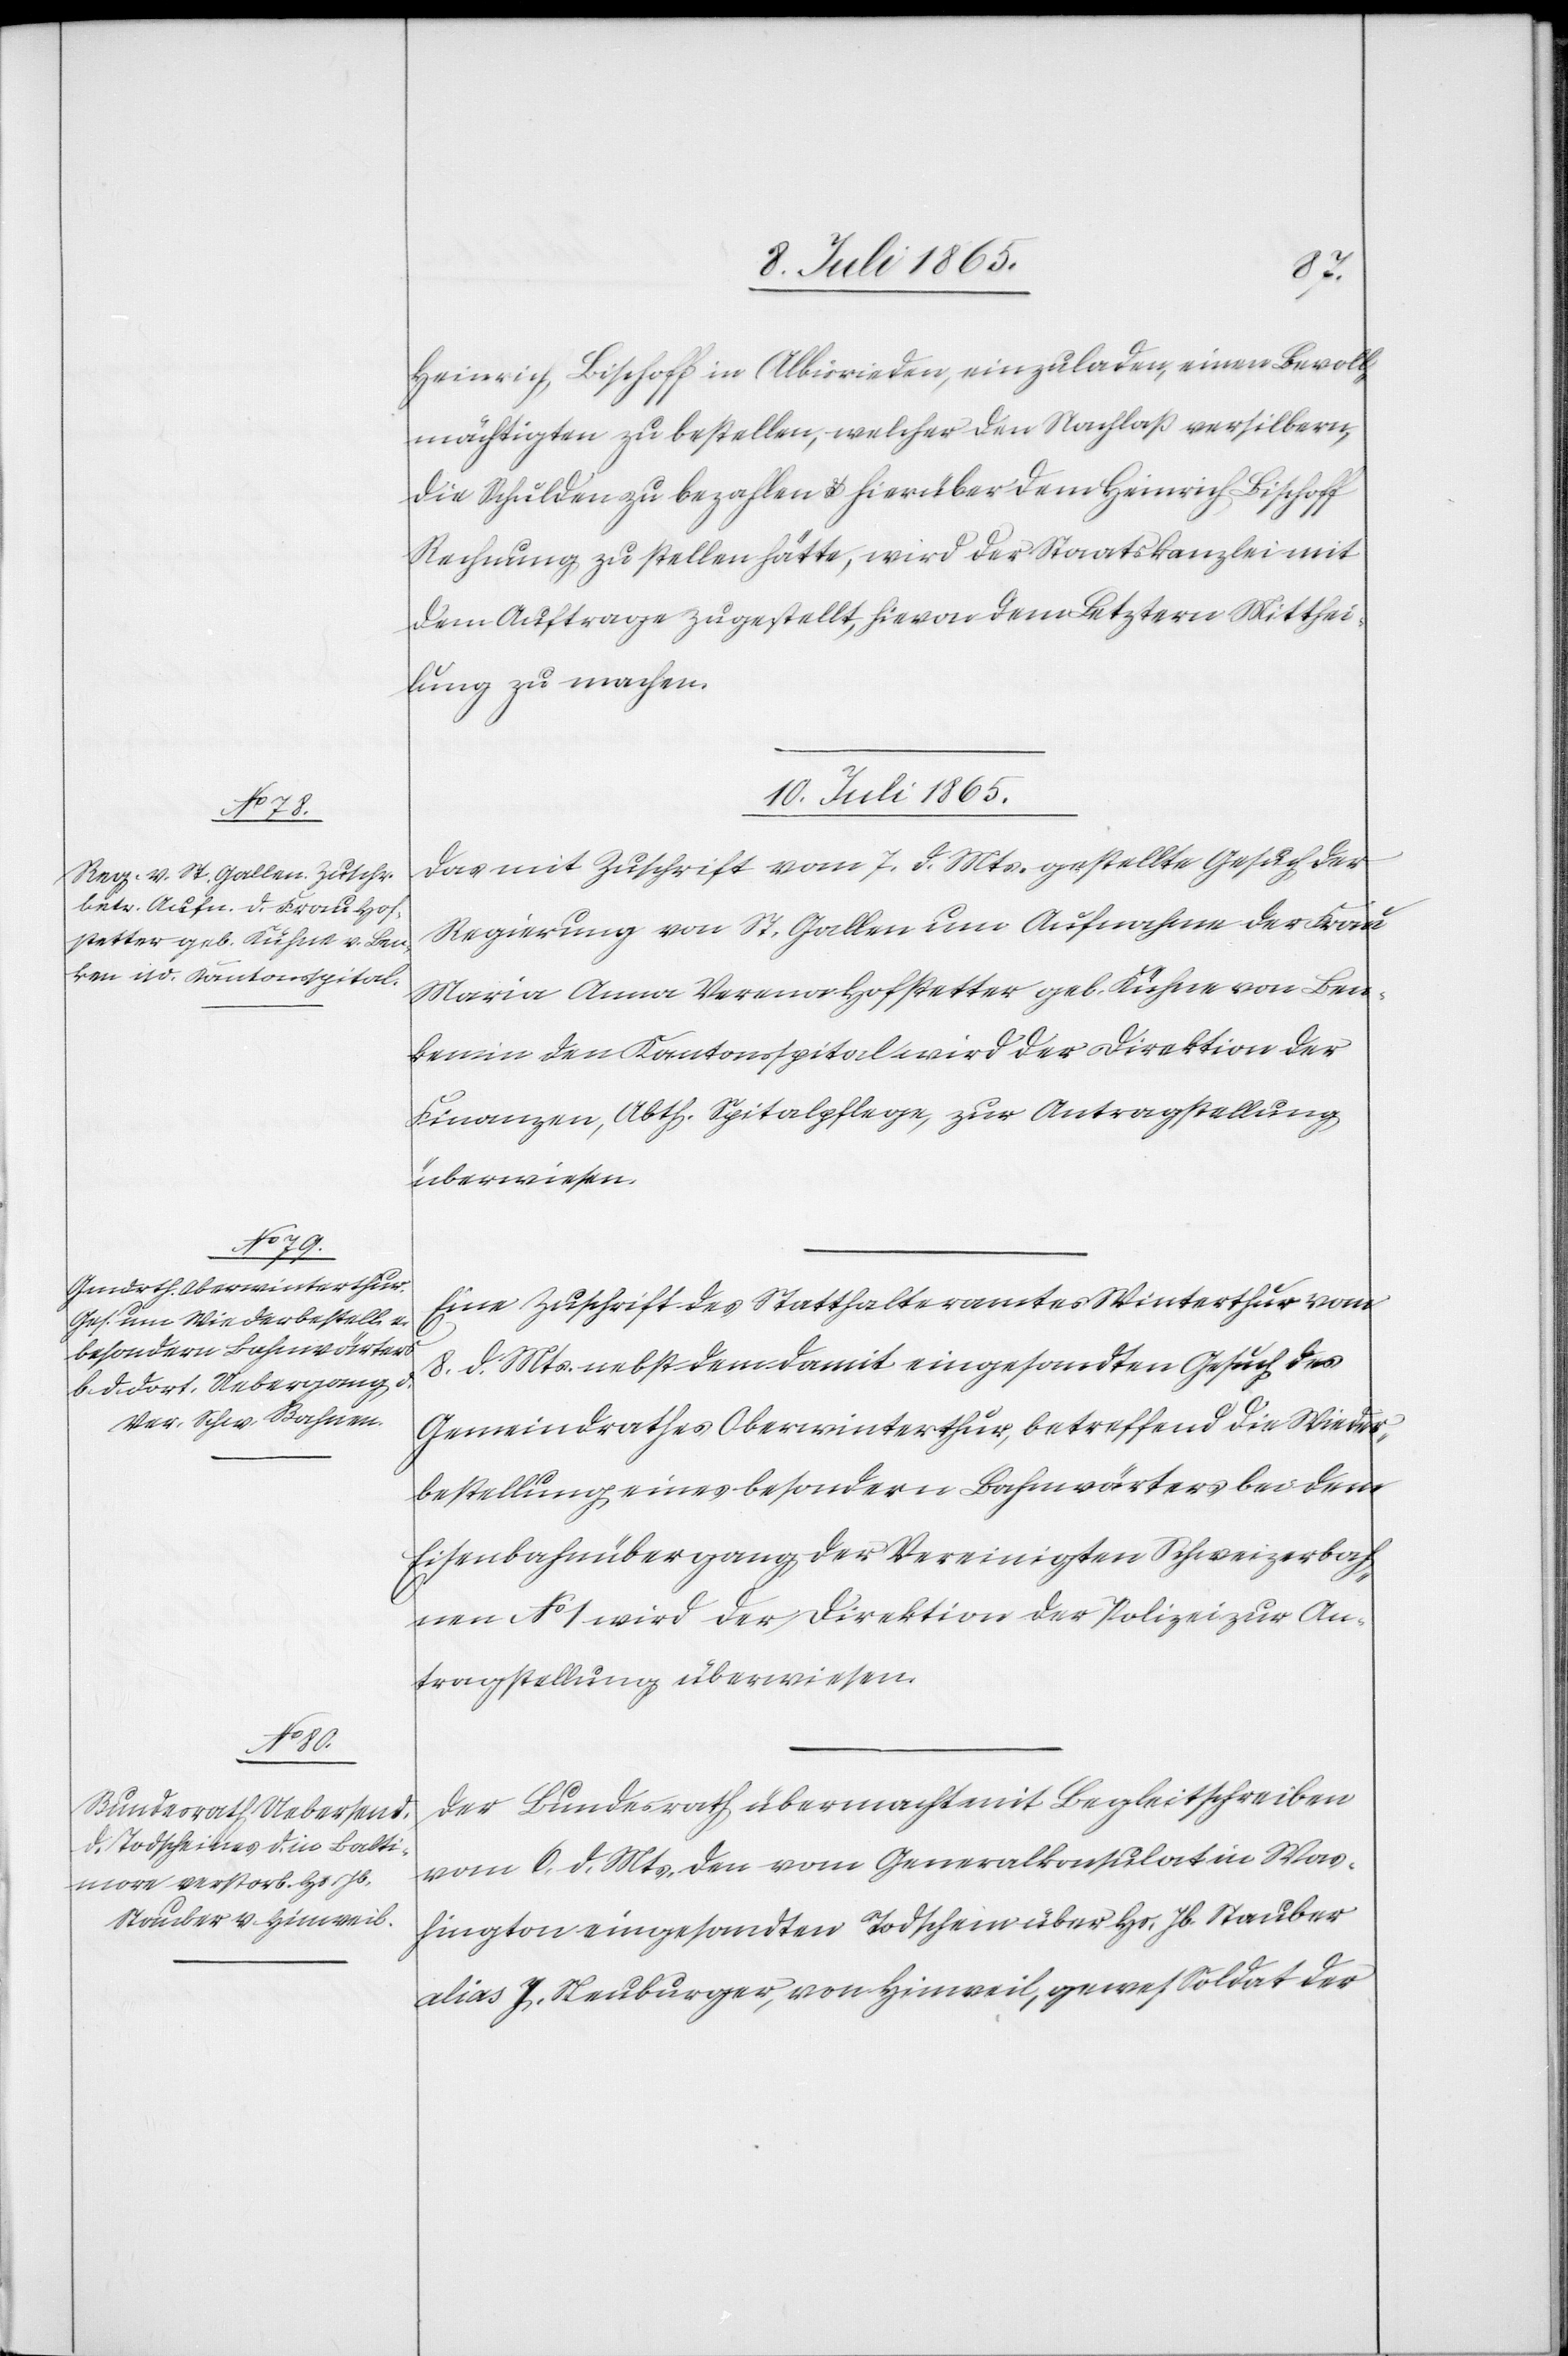
Heinrich Bischoff in Albisrieden, einzuladen, einen Bevoll¬
mächtigten zu bestellen, welcher den Nachlaß versilbern,
die Schulden zu bezahlen u. hierüber dem Heinrich Bischoff
Rechnung zu stellen hätte, wird der Staatskanzlei mit
dem Auftrage zugestellt, hievon dem Letztern Mitthei¬
lung zu machen.
10. Juli 1865.]
Das mit Zuschrift vom 7. d. Mts. gestellte Gesuch der
Regierung von St. Gallen um Aufnahme der Frau
Maria Anna Verena Hofstetter geb. Kühne von Ben¬
ken in den Kantonsspital wird der Direktion der
Finanzen, Abth. Spitalpflege, zur Antragstellung
überwiesen.
Eine Zuschrift des Statthalteramtes Winterthur vom
8. d. Mts. nebst dem damit eingesandten Gesuch des
Gemeindrathes Oberwinterthur, betreffend die Wieder¬
bestellung eines besondern Bahnwärters bei dem
Eisenbahnübergang der Vereinigten Schweizerbah¬
nen No 1 wird der Direktion der Polizei zur An¬
tragstellung überwiesen.
Der Bundesrath übermacht mit Begleitschreiben
vom 6. d. Mts. den vom Generalkonsulat in Was¬
hington eingesandten Todschein über Hs. Jb. Stauber
alias J. Neuburger, von Hinweil, gewes. Soldat der